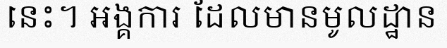
នេះ។ អង្គការ ដែលមានមូលដ្ឋាន